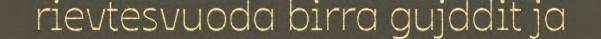
rievtesvuoda birra gujddit ja